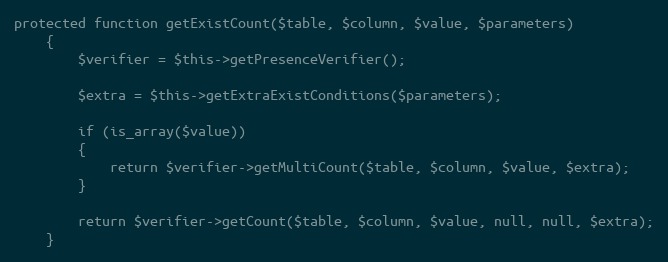
Language: PHP
protected function getExistCount($table, $column, $value, $parameters)
	{
		$verifier = $this->getPresenceVerifier();

		$extra = $this->getExtraExistConditions($parameters);

		if (is_array($value))
		{
			return $verifier->getMultiCount($table, $column, $value, $extra);
		}

		return $verifier->getCount($table, $column, $value, null, null, $extra);
	}